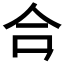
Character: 𪛗